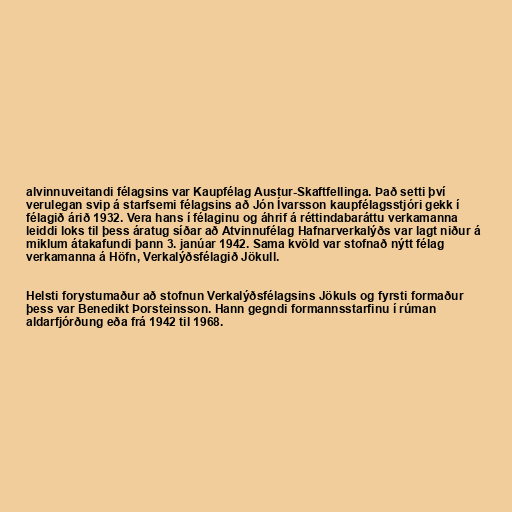
alvinnuveitandi félagsins var Kaupfélag Austur-Skaftfellinga. Það setti því
verulegan svip á starfsemi félagsins að Jón Ívarsson kaupfélagsstjóri gekk í
félagið árið 1932. Vera hans í félaginu og áhrif á réttindabaráttu verkamanna
leiddi loks til þess áratug síðar að Atvinnufélag Hafnarverkalýðs var lagt niður á
miklum átakafundi þann 3. janúar 1942. Sama kvöld var stofnað nýtt félag
verkamanna á Höfn, Verkalýðsfélagið Jökull.

Helsti forystumaður að stofnun Verkalýðsfélagsins Jökuls og fyrsti formaður
þess var Benedikt Þorsteinsson. Hann gegndi formannsstarfinu í rúman
aldarfjórðung eða frá 1942 til 1968.